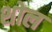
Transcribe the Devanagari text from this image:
शोल